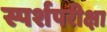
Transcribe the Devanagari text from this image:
स्पर्शपरीक्षा